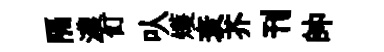
隔濃飣㕥矱衰芥刊帥